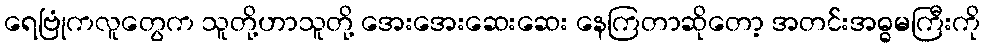
ရေဗြုံကလူတွေက သူတို့ဟာသူတို့ အေးအေးဆေးဆေး နေကြတာဆိုတော့ အတင်းအဓ္ဓမကြီးကို